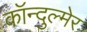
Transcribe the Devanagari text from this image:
कॉन्दुल्मेर